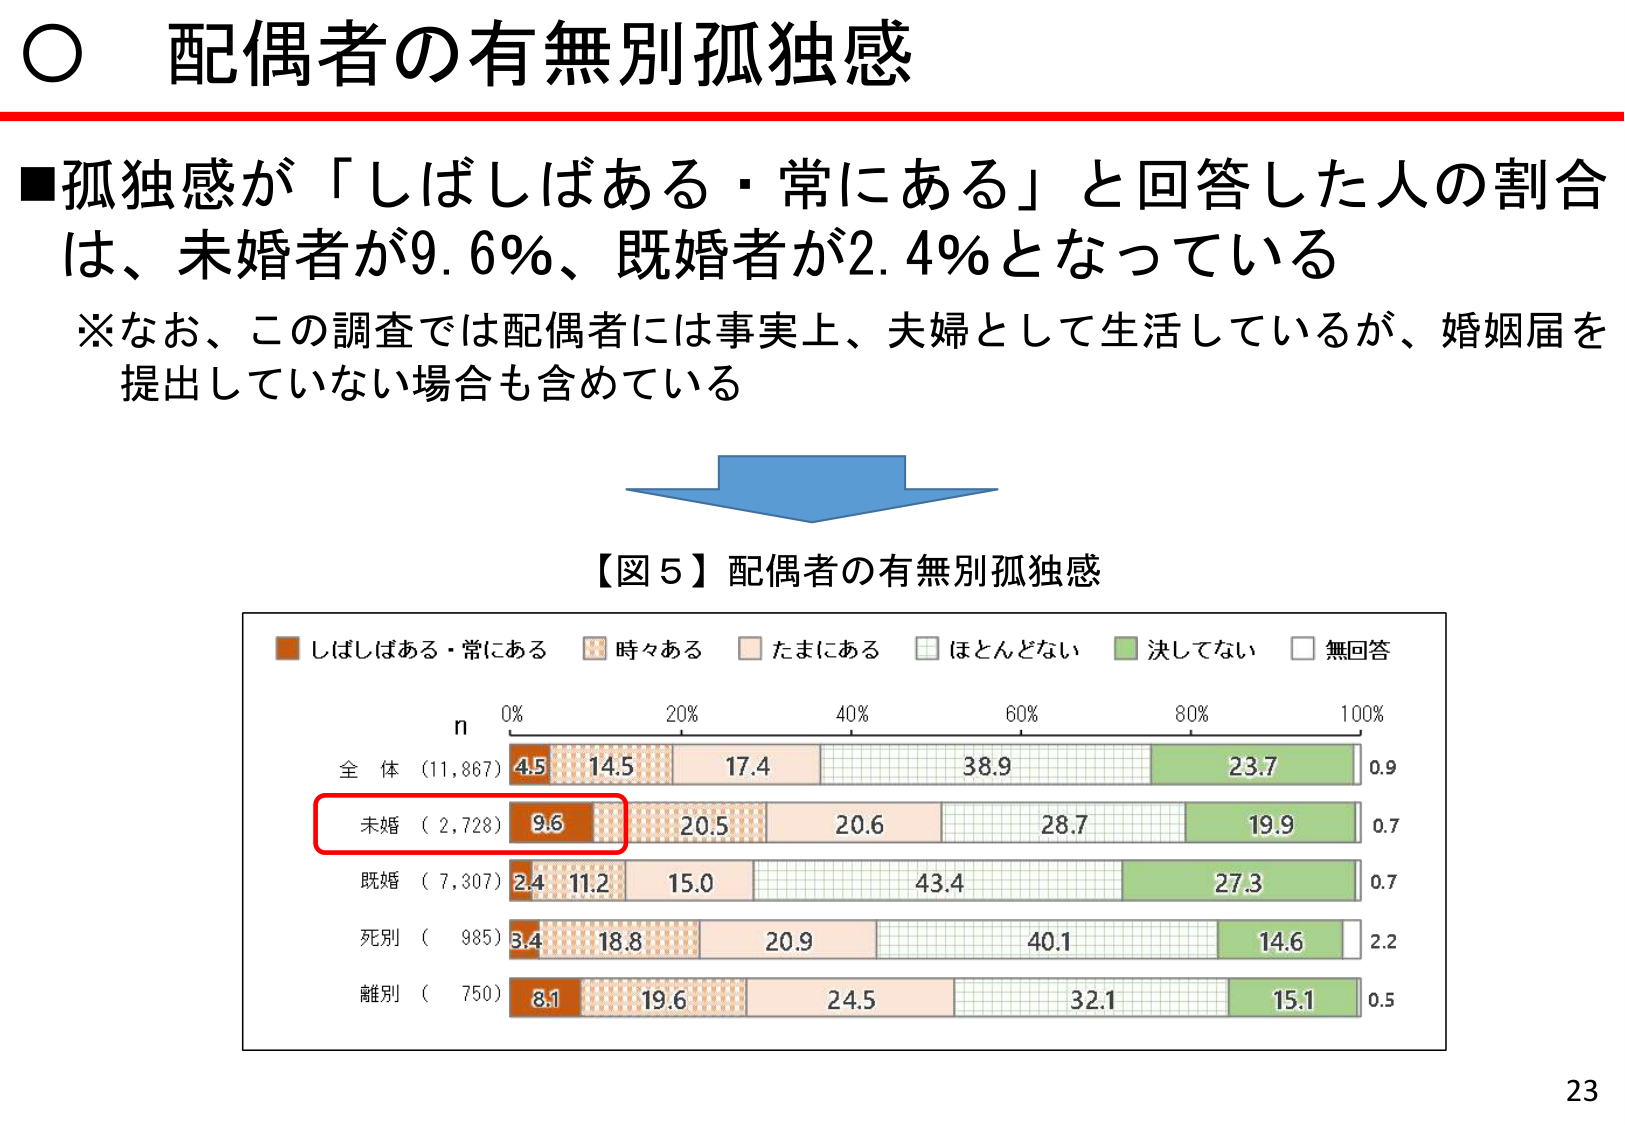
○ 配偶者の有無別孤独感

■孤独感が「しばしばある・常にあり」と回答した人の割合は、未婚者が9.6%、既婚者が2.4%となっている
※なお、この調査では配偶者には事実上、夫婦として生活しているが、婚姻届を提出していない場合も含めている

【図5】配偶者の有無別孤独感

■ しばしばある・常にあり
■ 時々ある
■ たまにある
■ ほとんどない
■ 決してない
■ 無回答

n
0% 20% 40% 60% 80% 100%

全体 (11,867) 4.5 14.5 17.4 38.9 23.7 0.9
未婚 (2,728) 9.6 20.5 20.6 28.7 19.9 0.7
既婚 (7,307) 2.4 11.2 15.0 43.4 27.3 0.7
死別 (985) 3.4 18.8 20.9 40.1 14.6 2.2
離別 (750) 8.1 19.6 24.5 32.1 15.1 0.5

23